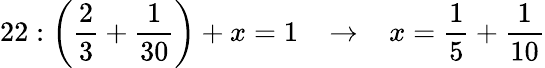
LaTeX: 22:{\bigg(}{\frac{2}{3}}+{\frac{1}{30}}{\bigg)}+x=1\; \; \; \rightarrow\; \; \; x={\frac{1}{5}}+{\frac{1}{10}}